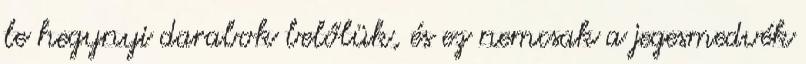
le hegynyi darabok belőlük, és ez nemcsak a jegesmedvék